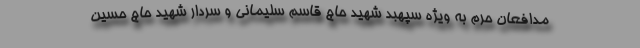
مدافعان حرم به ویژه سپهبد شهید حاج قاسم سلیمانی و سردار شهید حاج حسین